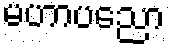
မဟာပညော